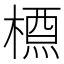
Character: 槱